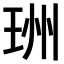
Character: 𤥅